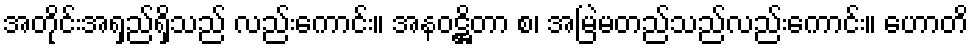
အတိုင်းအရှည်ရှိသည် လည်းကောင်း။ အနဝဋ္ဌိတာ စ၊ အမြဲမတည်သည်လည်းကောင်း။ ဟောတိ